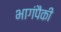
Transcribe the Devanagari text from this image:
भागंपैकी